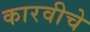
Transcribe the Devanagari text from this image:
कारवीचे